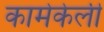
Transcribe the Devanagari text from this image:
कामेकेली